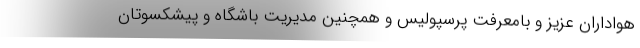
هواداران عزیز و بامعرفت پرسپولیس و همچنین مدیریت باشگاه و پیشکسوتان